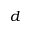
d